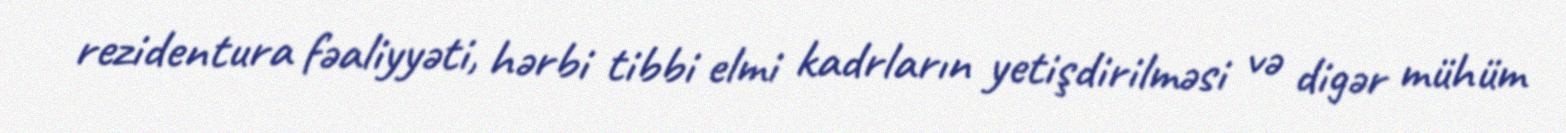
rezidentura fəaliyyəti, hərbi tibbi elmi kadrların yetişdirilməsi və digər mühüm